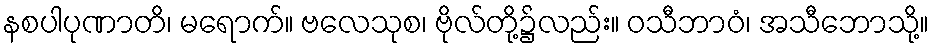
နစပါပုဏာတိ၊ မရောက်။ ဗလေသုစ၊ ဗိုလ်တို့၌လည်း။ ဝသီဘာဝံ၊ အသီဘောသို့။